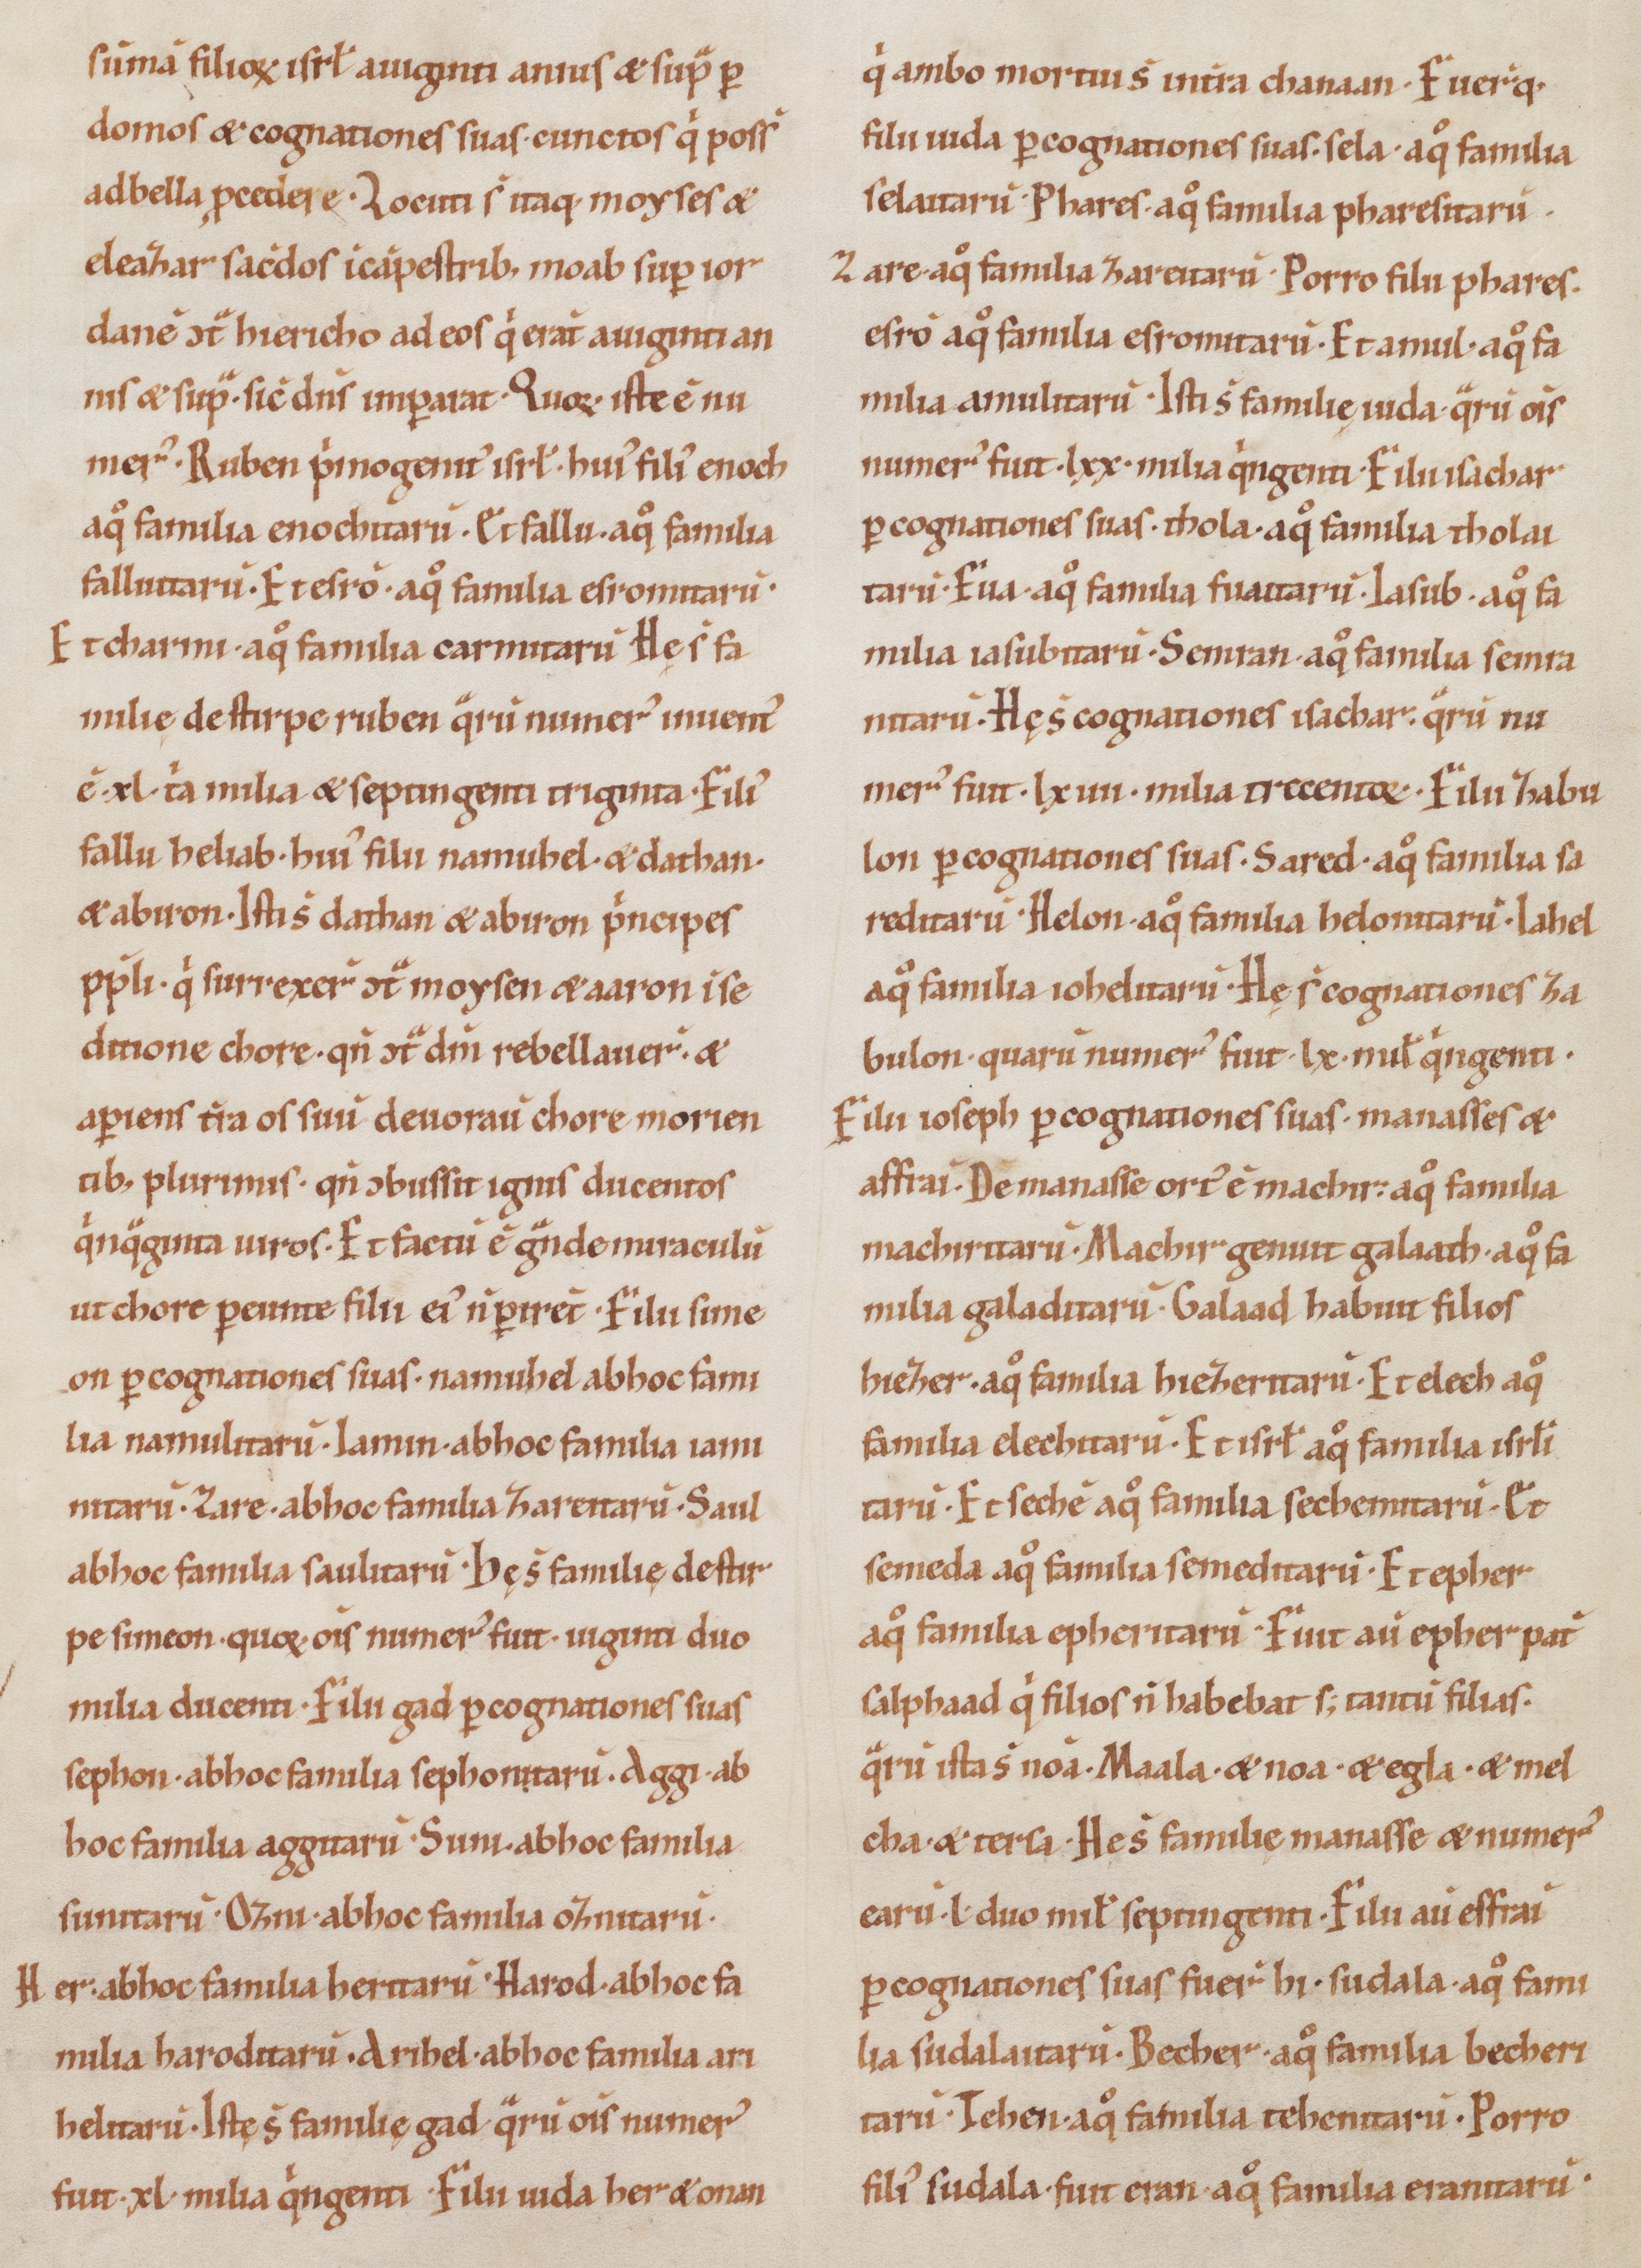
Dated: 1100–1199